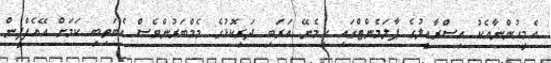
އެމީހުންނާއެކު އިސްރާއީލުގެ ޕާލަމެންޓްގައި ހިމެނޭ އަރަބި ދަރިކޮޅުގެ މެމްބަރުންވެސް އެބަތިބި ކަމަށް އޭއެފްޕީން